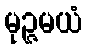
မုဉ္ဇမယံ